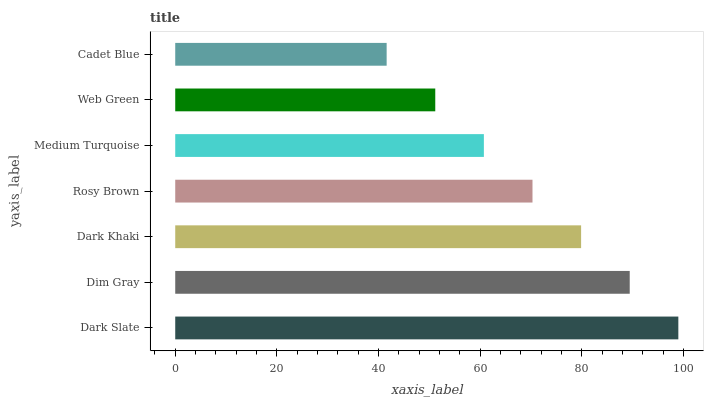
| yaxis_label | bars |
 | --- | --- |
 | Dark Slate | 99 |
 | Dim Gray | 89.4 |
 | Dark Khaki | 79.9 |
 | Rosy Brown | 70.3 |
 | Medium Turquoise | 60.7 |
 | Web Green | 51.2 |
 | Cadet Blue | 41.6 |